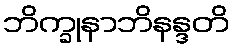
ဘိက္ခုနာဘိနန္ဒတိ